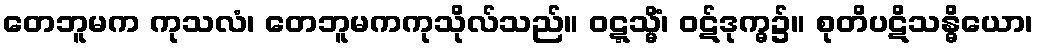
တေဘူမက ကုသလံ၊ တေဘူမကကုသိုလ်သည်။ ဝဋ္ဋသ္မိံ၊ ဝဋ်ဒုက္ဓ၌။ စုတိပဋိသန္ဓိယော၊